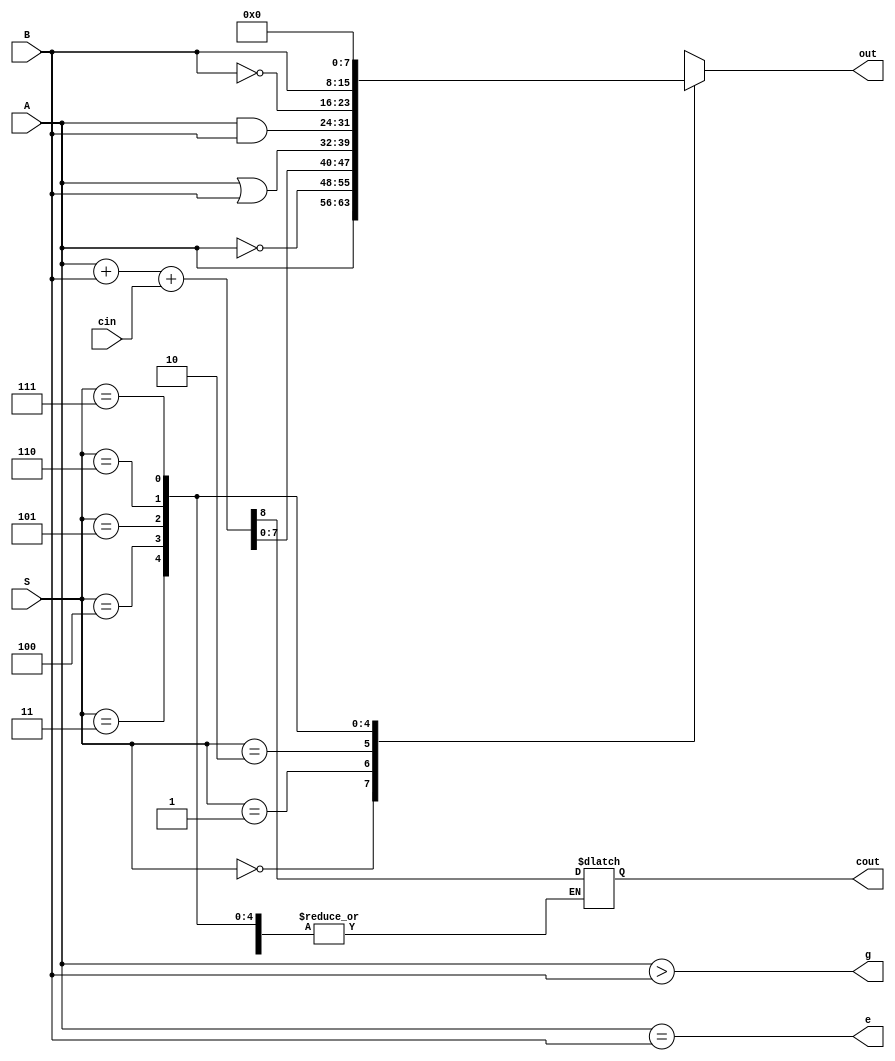
`timescale 1ns / 1ps
//////////////////////////////////////////////////////////////////////////////////
// Mauricio Salomon - 200900582
// Miguel Taylor -201117893
// Juan Pablo Arias Mora - 200826602
// Sebastian Gonzalez - 201159610
//////////////////////////////////////////////////////////////////////////////////
module alu_8bit(
  output reg [7:0] out,
  output reg cout,g,e,
  input [7:0] A,B,
  input cin,
  input [2:0] S

);
    //used functions 
  parameter BUF_A = 3'b000;
  parameter NOT_A = 3'b001;
  parameter ADD = 3'b010;
  parameter OR = 3'b011;
  parameter AND = 3'b100;
  parameter NOT_B = 3'b101;
  parameter BUF_B = 3'b110;
  parameter LOW = 3'b111;

  always @* 
  
  begin
    //Comparator
    g = A>B;
    e = A==B;

    //Other selective functions
    case(S)
      BUF_A: out = A;
      NOT_A: out = ~A;
      ADD: {cout,out} = A+B+cin;
      OR: out = A | B;
      AND: out = A & B;
      NOT_B: out = ~B;
      BUF_B: out = B;
      LOW: out = {8{1'b0}};
		default out=out;
    endcase
  end

endmodule